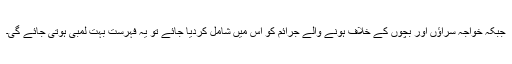
جبکہ خواجہ سراؤں اور بچوں کے خلاف ہونے والے جرائم کو اس میں شامل کردیا جائے تو یہ فہرست بہت لمبی ہوتی جائے گی۔